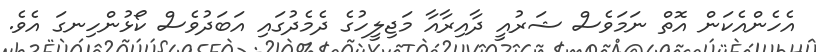
އެހެންއެކަން އޮތް ނަމަވެސް ޝަރުއީ ދާއިރާއާ މަޖިލީހުގެ ދެމެދުގައި އަބަދުވެސް ކޯޅުންހިނގަ އެވެ.